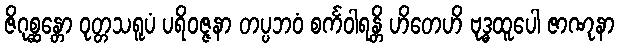
ဇိဂုစ္ဆန္တော ဝုတ္တသရူပံ ပရိဝဇ္ဇနာ တပ္ပဘဝံ စင်္ကဝါရန္တိ ဟိတေဟိ ဗုဒ္ဓထူပေါ ဇာဏုနာ